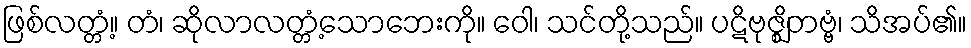
ဖြစ်လတ္တံ့။ တံ၊ ဆိုလာလတ္တံ့သောဘေးကို။ ဝေါ၊ သင်တို့သည်။ ပဋိဗုဇ္ဈိတဗ္ဗံ၊ သိအပ်၏။